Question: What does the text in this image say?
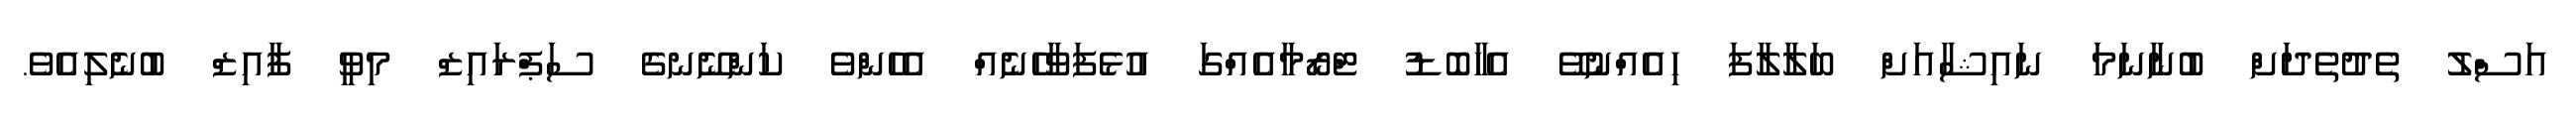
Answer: އަސްލު ތެދުތެދަށް ބުނާނަމަ ނައިޝާއަށް ބަލާލާފަ ހިއެއްނުވޭ އެހާބޮޑު ޓްރޯމާއެއްގަ އުޅެފަވާހެނެއް އެހެންވެ ކަންނޭނގެ ސަޕްރައިޒް މިވީ ފާއިޒް ބުނެލިއެވެ.